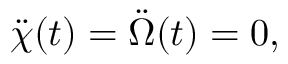
\ddot { \chi } ( t ) = \ddot { \Omega } ( t ) = 0 ,